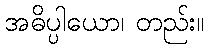
အဓိပ္ပါယော၊ တည်း။